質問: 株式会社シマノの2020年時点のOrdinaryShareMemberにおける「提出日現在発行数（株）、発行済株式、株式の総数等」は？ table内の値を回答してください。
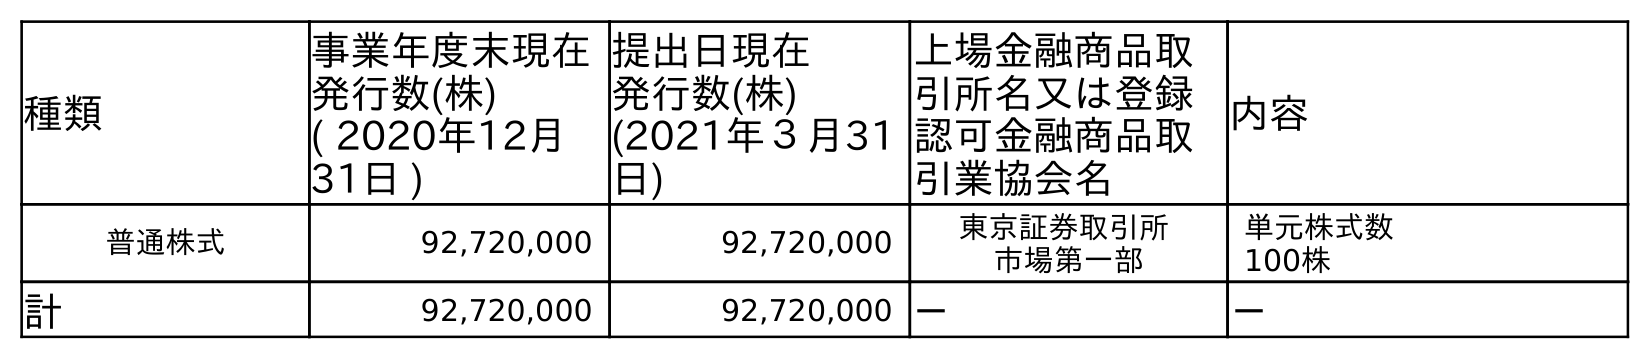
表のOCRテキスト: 種類 事業年度末現在 発行数(株) ( 2020年12月 31日 ) 提出日現在 発行数(株) (2021年３月31 日) 上場金融商品取 引所名又は登録 認可金融商品取 引業協会名 内容 普通株式 92,720,000 92,720,000 東京証券取引所 市場第一部 単元株式数 100株 計 92,720,000 92,720,000 － －
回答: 92,720,000